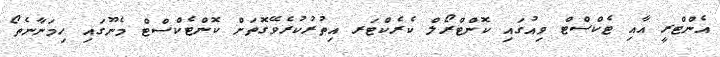
އެންޓްރީ އާއި ޓެކްސްޓް ވިއުގައި ކޮންޓްރޯލް ކެރެކްޓަރ އިތުރުކުރެވޭގޮތަށް ކޮންޓެކްސްޓް މެނޫގައި ހިމަނާނެތޯ